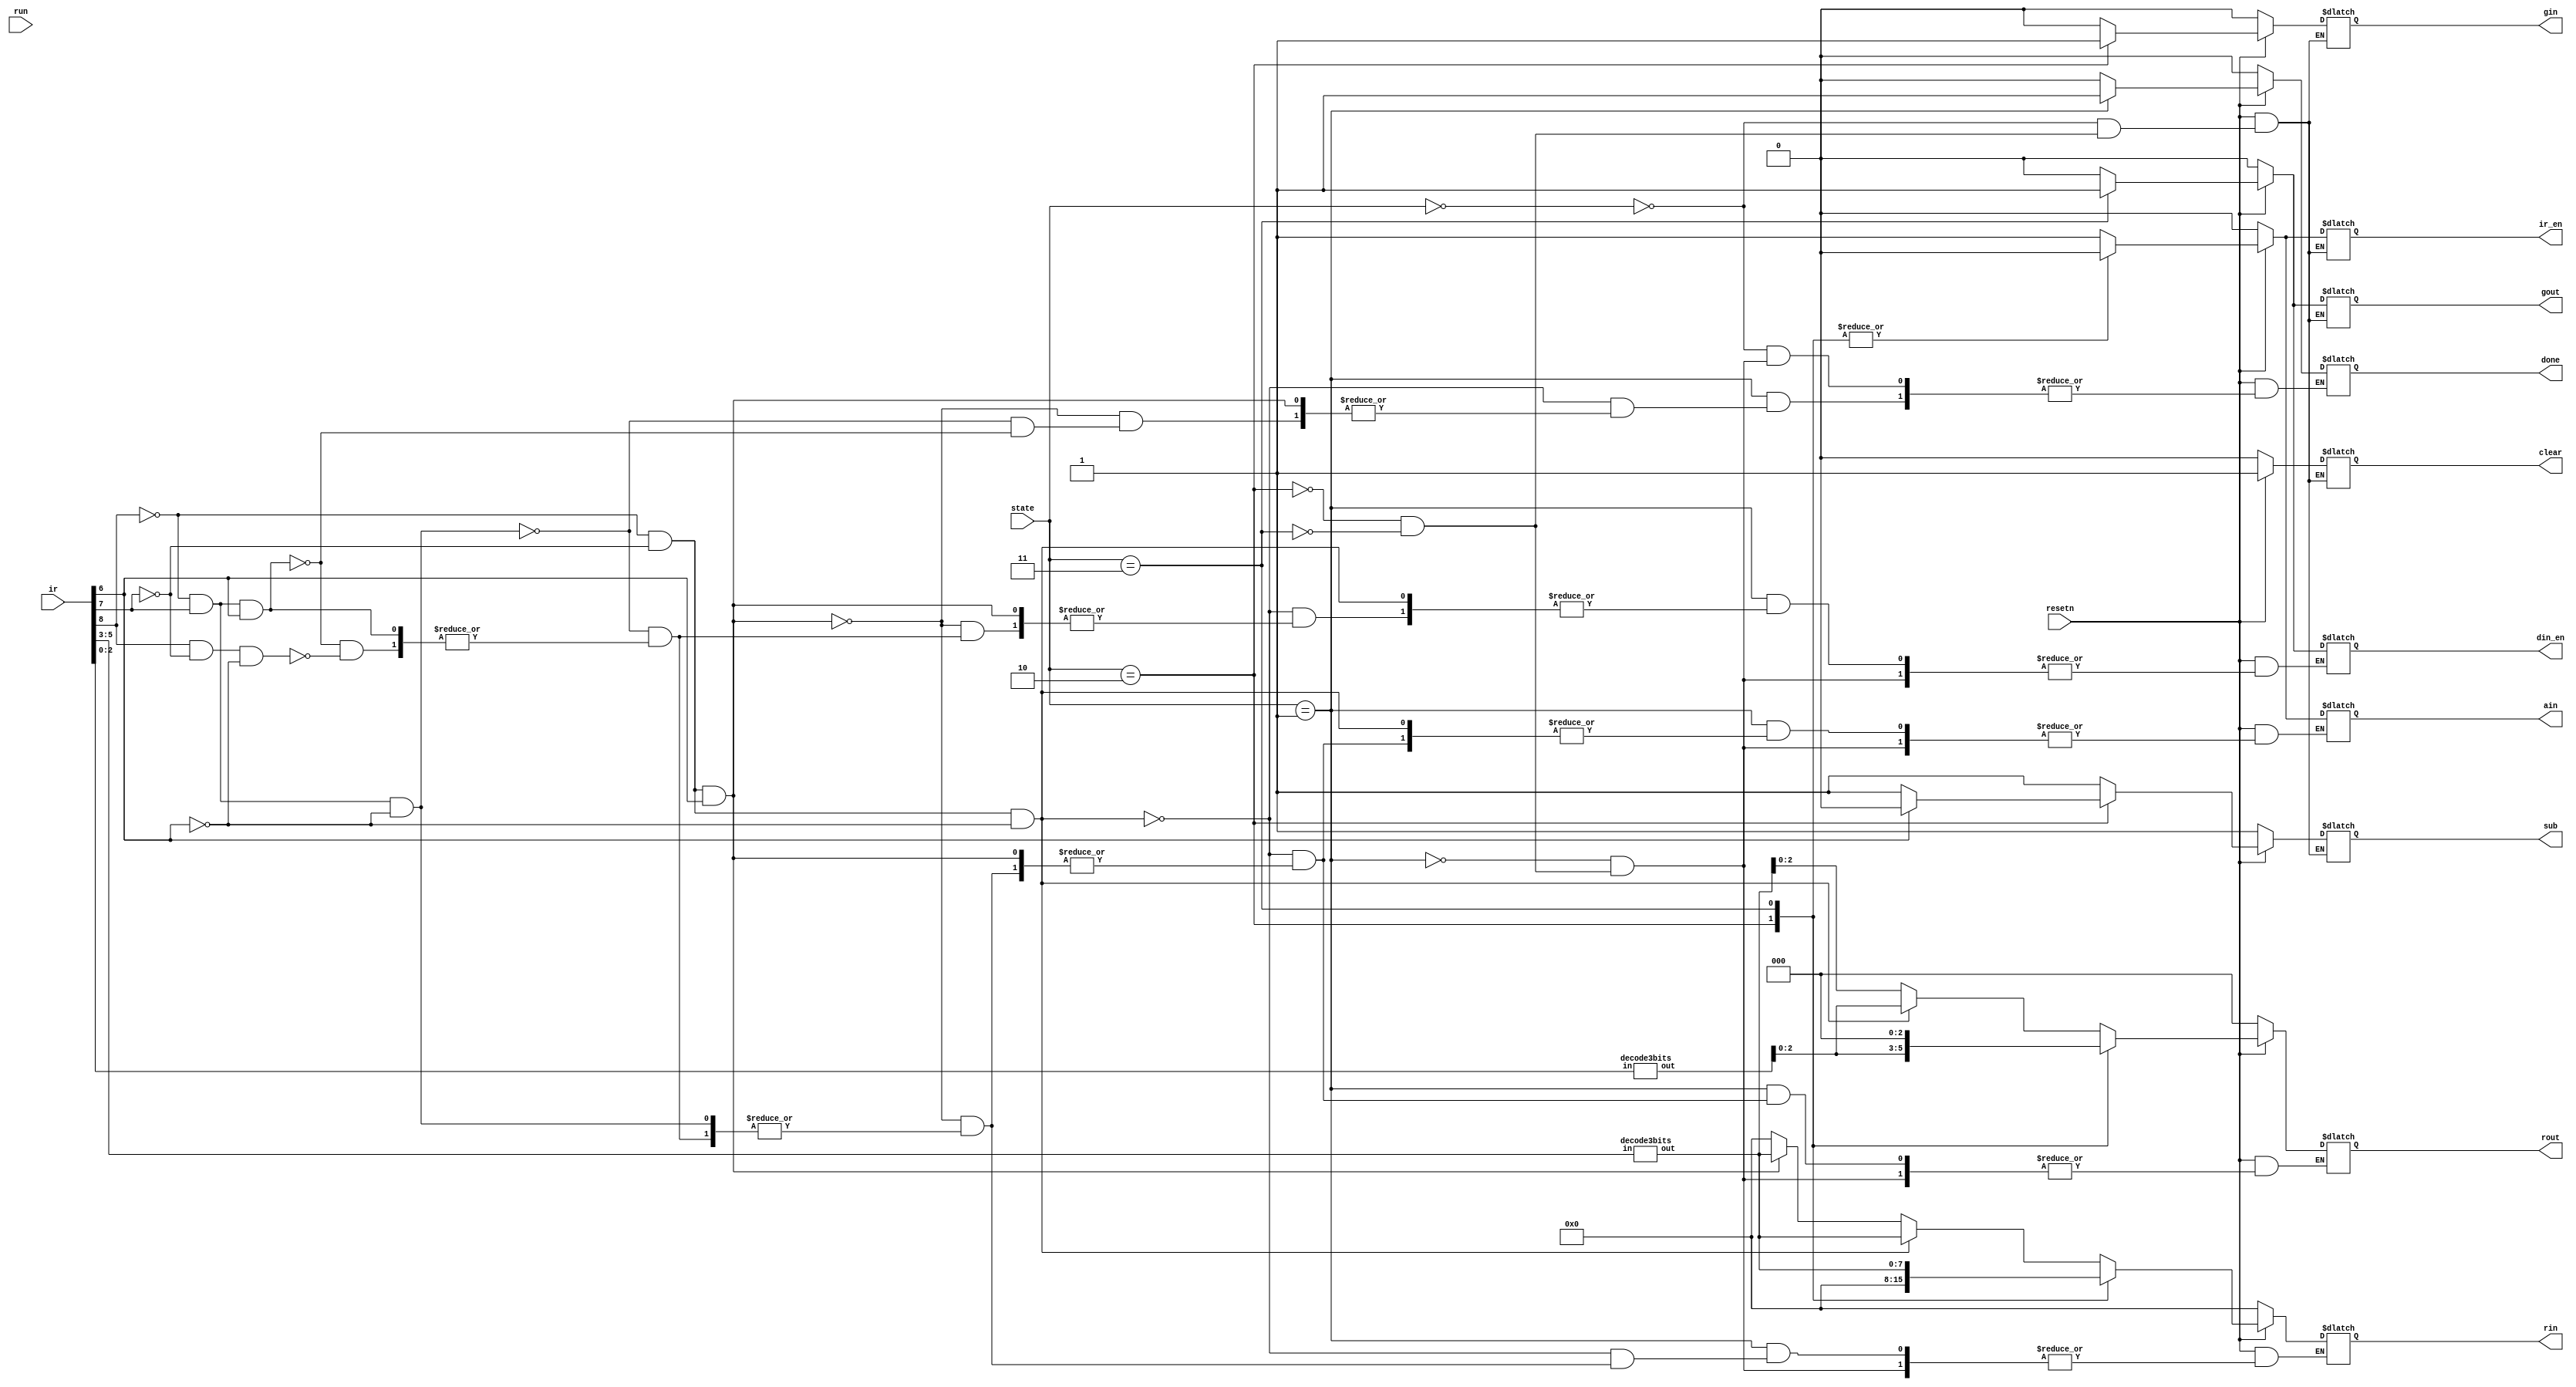
// Code your design here
// Code your design here
module CU	
  (	
	//input clk,
	input run,
	input resetn,
    input [8:0] ir,
	input [1:0] state,
	output reg ain,
	output reg gin,	
	output reg sub,
	output reg [7:0] rin,	//reg
    output reg [2:0] rout,
	output reg gout,
    output reg din_en,
	output reg ir_en,
	output reg clear,
	output reg done			
	);
  
  //reg [1:0] state;
  wire [2:0] cmd;
  wire [2:0] x1;
  wire [7:0] rx, ry;
  assign cmd = ir[8:6];
  
  always @ (*)
begin
  if (!resetn)
		begin
			ir_en			<= 1'b0		;
			clear			<= 1'b0		;
			din_en			<= 1'b0		;
			gout			<= 1'b0		;
			rout			<= 3'b0		;
			rin				<= 8'b0		;
			ain				<= 1'b0		;
			gin				<= 1'b0		;
			sub				<= 1'b1		;
			done			<= 1'b0		;
		end
	else
	begin
		case (state)
			2'b00: 
				begin
					ir_en			<= 1'b1		;	
					clear			<= 1'b1		;
					gout			<= 1'b0		;
					gin				<= 1'b0		;
					sub				<= 1'b1		;
					done			<= 1'b0		;
                end
					
			2'b01: 
				begin
                  if(!cmd[2] & !cmd[1] & !cmd[0] )	//ir = 3'b000
					begin
						done	<= 1'b1	;
						rout	<= ry;
						rin		<= rx;
					end
					else
                      if ( !cmd[2] & !cmd[1] & cmd[0] ) //ir = 3'b001
						begin
							rin	<= rx;
						end
						else
                          if	( !cmd[2]& cmd[1] & !cmd[0] )//add
                            begin
								din_en			<= 1'b0	;	
                              //rx			<= (rx + ry)	;
                              	done <= 1'b1;
                            end
                  			else
                              if (!cmd[2] & cmd[1] & cmd[0] )
                                begin
                                  //x1 <= rx - ry;
                                  //rx <= x1;
                                  done <= 1'b1;
                                end
							else
								if ( cmd[2] & !cmd[1] & !cmd[0] )	//movo
								begin
									din_en			<= 1'b0		;	
									rout			<= rx		;
									rin				<= 8'b0		;
									ain				<= 1'b1		;
								end
								else
								begin
									din_en			<= din_en	;	
									rout			<= rout		;
									rin				<= rin		;
									ain				<= ain;
								end
				end
			2'b10:
				begin
					ir_en			<= 1'b0		;										clear			<= 1'b1		;
					din_en			<= 1'b0		;
					gout			<= 1'b0		;
					rout			<= ry		;
					rin				<= 8'b0		;
					ain				<= 1'b0		;
					gin				<= 1'b1		;
                  	if (cmd [0])sub	<= 1'b0		;
					else sub		<= 1'b1		;
					done			<= 1'b0		;			
				end
			2'b11: 
				begin
					ir_en			<= 1'b0		;
					clear			<= 1'b1		;
					din_en			<= 1'b1		;
					gout			<= 1'b1		;
					rout			<= 3'b0		;
					rin				<= rx		;
					ain				<= 1'b0		;
					gin				<= 1'b0		;
					sub				<= 1'b1		;
					done			<= 1'b0		;			
				end
		endcase
	end
end
  decode3bits ry_unit (.in (ir[2:0])	, .out (ry));
  decode3bits rx_unit (.in (ir[5:3])	, .out (rx));
endmodule

module decode3bits 	
  (	
    input 	[2:0]	in	,
	output	[7:0]	out	
);

assign out[0]	=	!in[2] & !in[1] & !in[0]	;
assign out[1]	=	!in[2] & !in[1] &  in[0]	;
assign out[2]	=	!in[2] &  in[1] & !in[0]	;
assign out[3]	=	!in[2] &  in[1] &  in[0]	;
assign out[4]	=	 in[2] & !in[1] & !in[0]	;
assign out[5]	=	 in[2] & !in[1] &  in[0]	;
assign out[6]	=	 in[2] &  in[1] & !in[0]	;
assign out[7]	=	 in[2] &  in[1] &  in[0]	;

endmodule